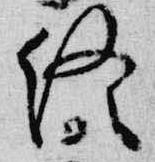
終